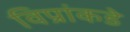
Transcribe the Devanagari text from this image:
विप्रांकडे